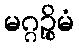
မဂ္ဂဉ္စိမံ